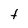
Character: t